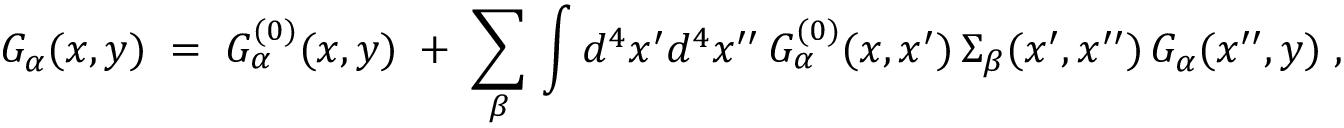
G _ { \alpha } ( x , y ) \; = \; G _ { \alpha } ^ { ( 0 ) } ( x , y ) \; + \; \sum _ { \beta } \, \int d ^ { 4 } x ^ { \prime } d ^ { 4 } x ^ { \prime \prime } \, G _ { \alpha } ^ { ( 0 ) } ( x , x ^ { \prime } ) \, \Sigma _ { \beta } ( x ^ { \prime } , x ^ { \prime \prime } ) \, G _ { \alpha } ( x ^ { \prime \prime } , y ) \; ,